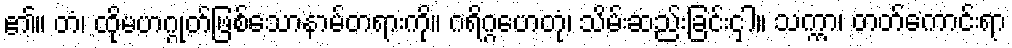
၏။ တံ၊ ထိုမဟဂ္ဂုတ်ဖြစ်သောနာမ်တရားကို။ ဂရိဂ္ဂဟေတုံ၊ သိမ်းဆည်းခြင်းငှါ။ သက္ကာ၊ တတ်ကောင်းရာ